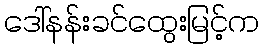
ဒေါ်နန်းခင်ထွေးမြင့်က